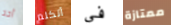
أحد أتكلم في ممتازة